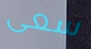
سعى